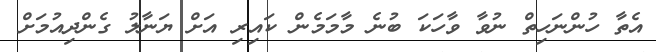
އެތާ ހުންނަހިތް ނުވާ ވާހަކަ ބުނެ މާމަމެން ކައިރި އަށް ޔަނާލު ގެންދިއުމަށް